Leaving Certificate Examination, 1918
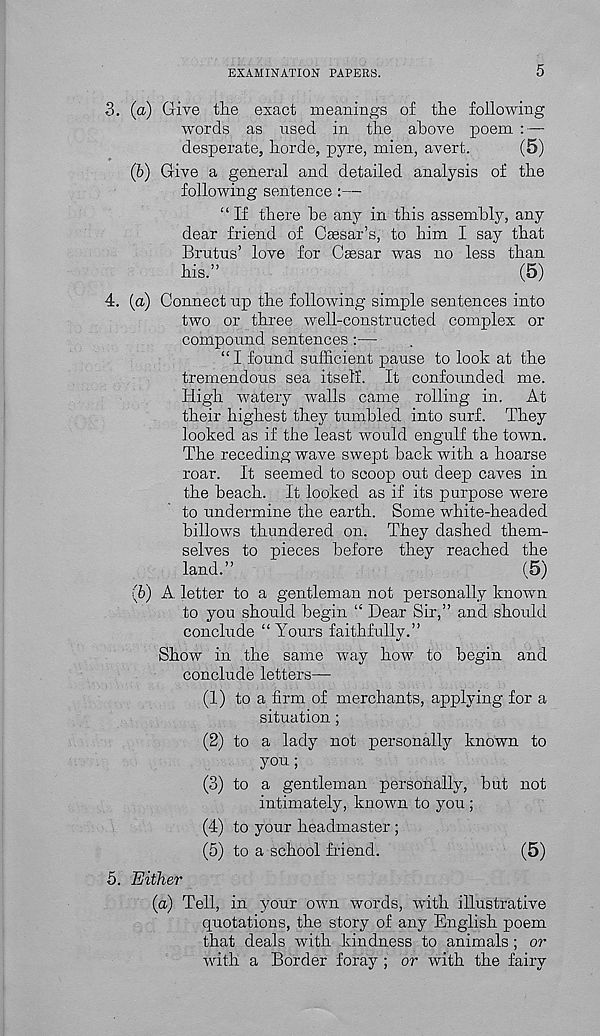
EXAMINATION PAPERS.
5
3. (a) Give the exact meanings of the following
words as used in the above poem : —
desperate, horde, pyre, mien, avert.
(5)
(6) Give a general and detailed analysis of the
following sentence :—
“If there he any in this assembly, any
dear friend of Caesar’s, to him I say that
Brutus’ love for Caesar was no less than
his.”
(5)
4. (a) Connect up the following simple sentences into
two or three well-constructed complex or
compound sentences :—
“ I found sufficient pause to look at the
tremendous sea itself. It confounded me.
High watery walls came rolling in. At
their highest they tumbled into surf. They
looked as if the least would engulf the town.
The receding wave swept back with a hoarse
roar. It seemed to scoop out deep caves in
the beach. It looked as if its purpose were
to undermine the earth. Some white-headed
billows thundered on. They dashed them-
selves to pieces before they reached the
land.”
(5)
(6) A. letter to a gentleman not personally known
to you should begin “ Dear Sir,” and should
conclude “ Yours faithfully.”
Show in the same way how to begin and
conclude letters—
(1) to a firm of merchants, applying for a
situation ;
(2) to a lady not personally known to
you;
(3) to a gentleman personally, but not
intimately, known to you ;
(4) to your headmaster ;
(5) to a school friend.
(5)
5. Either
(a) Tell, in your own words, with illustrative
quotations, the story of any English poem
that deals with kindness to animals ; or
with a Border foray ; or with the fairy